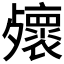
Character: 𣩻